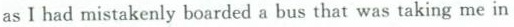
as I had mistakenly boarded a bus that was taking me in